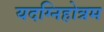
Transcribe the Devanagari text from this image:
यदग्निहोत्रम